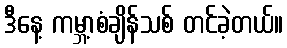
ဒီနေ့ ကမ္ဘာ့စံချိန်သစ် တင်ခဲ့တယ်။